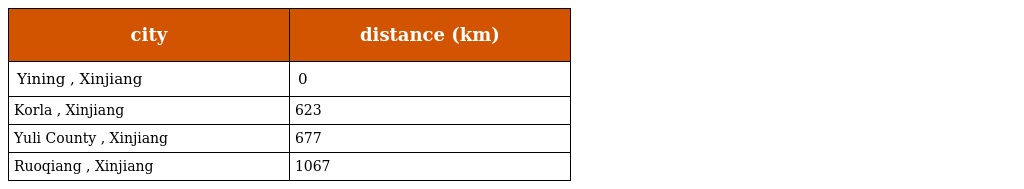
| city | distance (km) |
 | --- | --- |
 | Yining , Xinjiang | 0 |
 | Korla , Xinjiang | 623 |
 | Yuli County , Xinjiang | 677 |
 | Ruoqiang , Xinjiang | 1067 |